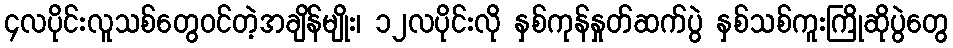
၄လပိုင်းလူသစ်တွေဝင်တဲ့အချိန်မျိုး၊ ၁၂လပိုင်းလို နှစ်ကုန်နှုတ်ဆက်ပွဲ နှစ်သစ်ကူးကြိုဆိုပွဲတွေ